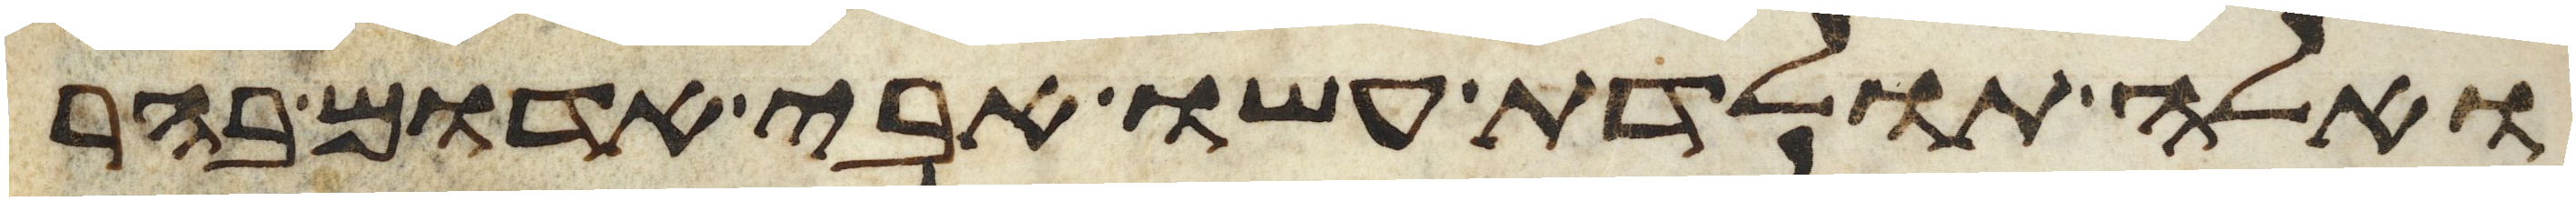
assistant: ואלה תולדת עשו אבי אדום בהר